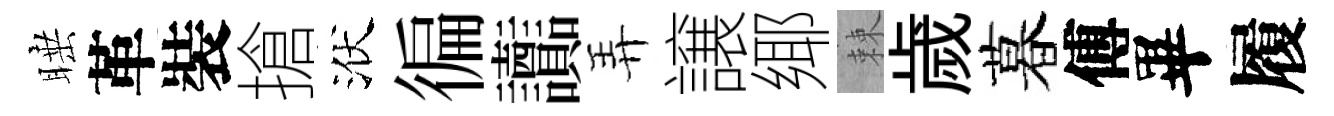
睡革裝搶洑徧讟弄譲鄊棘歲暮傅畢履